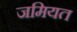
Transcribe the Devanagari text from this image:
जमियत